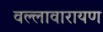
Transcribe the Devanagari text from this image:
वल्लावारायण